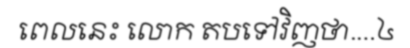
ពេលនេះ លោក តបទៅវិញថា....៤